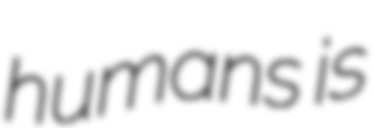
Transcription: humans is